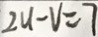
2 u - V = 7